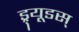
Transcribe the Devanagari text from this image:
ड्र्यूडस्